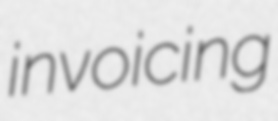
invoicing